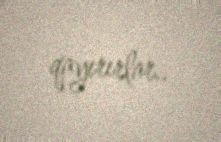
qayırırlar..